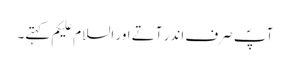
آپؐ صرف اندر آتے اور السلام علیکم کہتے۔